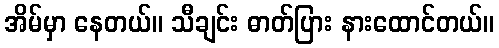
အိမ်မှာ နေတယ်။ သီချင်း ဓာတ်ပြား နားထောင်တယ်။